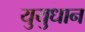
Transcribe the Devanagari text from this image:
युयुधान